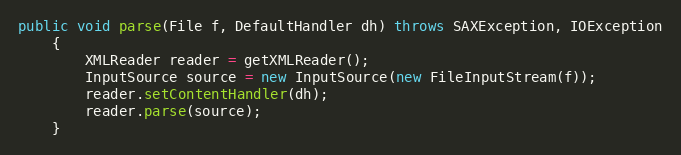
Language: Java
public void parse(File f, DefaultHandler dh) throws SAXException, IOException
    {
        XMLReader reader = getXMLReader();
        InputSource source = new InputSource(new FileInputStream(f));
        reader.setContentHandler(dh);
        reader.parse(source);
    }